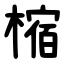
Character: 樎